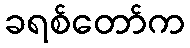
ခရစ်တော်က